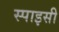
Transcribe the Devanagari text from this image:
स्पाइसी